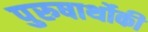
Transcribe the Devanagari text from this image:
पुरुषार्थोकी